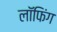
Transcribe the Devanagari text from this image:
लॉफिंग